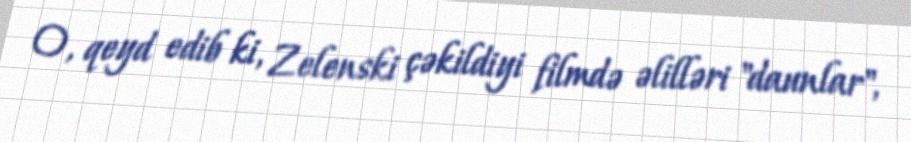
O, qeyd edib ki, Zelenski çəkildiyi filmdə əlilləri "daunlar",